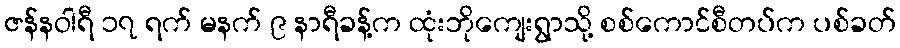
ဇန်နဝါရီ ၁၇ ရက် မနက် ၉ နာရီခန့်က ထုံးဘိုကျေးရွာသို့ စစ်ကောင်စီတပ်က ပစ်ခတ်